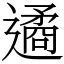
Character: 遹